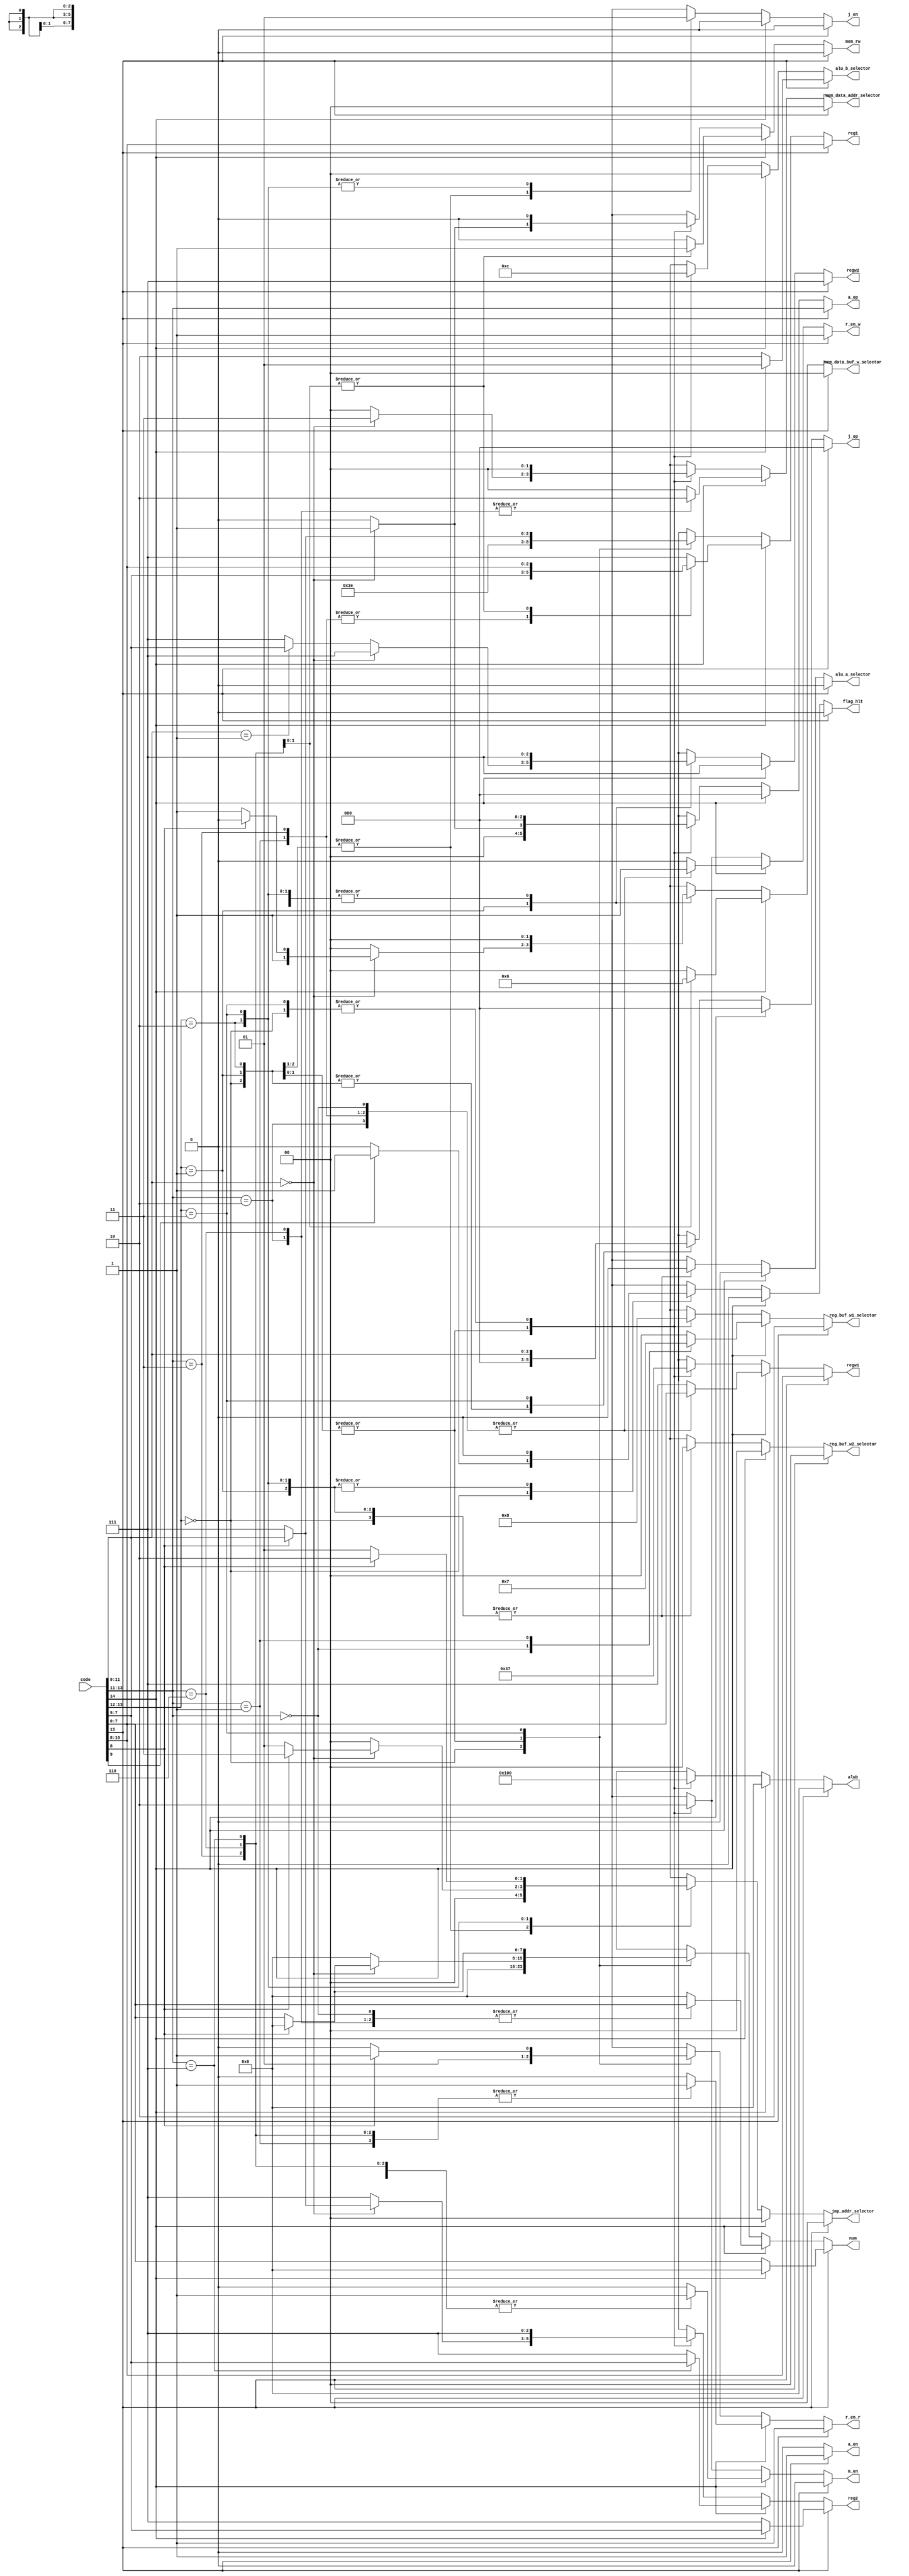
module decoder(
    input [15:0]code,
    output reg flag_hlt,
    output reg a_en,
    output reg m_en,
    output reg r_en_r,
    output reg r_en_w,
    output reg j_en,
    output reg [2:0]a_op,
    output reg [2:0]j_op,
    output reg mem_rw,
    output reg [2:0]reg1,
    output reg [2:0]reg2,
    output reg [2:0]regw1,
    output reg [2:0]regw2,
    output reg [7:0]num,
    output reg [7:0]alub,
    output reg [1:0]mem_data_addr_selector,
    output reg [1:0]mem_data_buf_w_selector,
    output reg alu_a_selector,
    output reg [1:0]alu_b_selector,
    output reg [1:0]reg_buf_w1_selector,
    output reg [1:0]reg_buf_w2_selector,
    output reg [1:0]jmp_addr_selector
);

    always@(code) 
    begin
        flag_hlt=1'b0;
        a_en=1'b0;
        m_en=1'b0;
        r_en_r=1'b0;
        r_en_w=1'b0;
        j_en=1'b0;
        a_op=3'b000;
        j_op=3'b000;
        mem_rw=1'b0;
        reg1=3'b111;
        reg2=3'b111;
        regw1=3'b111;
        regw2=3'b111;
        num=8'b00000000;
        alub=8'b00000000;
        mem_data_addr_selector=2'b00;
        mem_data_buf_w_selector=2'b00;
        alu_a_selector=1'b0;
        alu_b_selector=2'b00;
        reg_buf_w1_selector=2'b00;
        reg_buf_w2_selector=2'b00;
        jmp_addr_selector=2'b00;
        if(code[15]==1'b1)
        begin
            flag_hlt=1'b0;
            a_en=1'b1;
            m_en=1'b0;
            r_en_r=1'b1;
            r_en_w=1'b1;
            j_en=1'b0;
            a_op=code[13:11];
            reg1=code[10:8];
            regw1=code[10:8];
            regw2=3'b111;
            alu_a_selector=1'b0;
            reg_buf_w1_selector=2'b10;
            if(code[14]==1'b1)
            begin
                reg2=code[7:5];
                alu_b_selector=2'b01;
            end
            else
            begin
                reg2=3'b111;
                num=code[7:0];
                alu_b_selector=2'b10;
            end
        end
        else
        begin
            if(code[14]==1'b1)
            begin
                flag_hlt=1'b0;
                j_en=1'b0;
                regw2=3'b111;
                case(code[13:11])
                    3'b000:
                    begin
                        m_en=1'b0;
                        r_en_r=1'b0;
                        r_en_w=1'b1;
                        reg1=3'b111;
                        reg2=3'b111;
                        regw1=code[10:8];
                        regw2=3'b111;
                        num=code[7:0];
                        reg_buf_w1_selector=2'b01;
                    end
                    3'b001:
                    begin
                        m_en=1'b0;
                        r_en_r=1'b1;
                        r_en_w=1'b1;
                        reg1=code[7:5];
                        reg2=3'b111;
                        regw1=code[10:8];
                        regw2=3'b111;
                        reg_buf_w1_selector=2'b11;
                    end
                    3'b010:
                    begin
                        m_en=1'b1;
                        r_en_r=1'b0;
                        r_en_w=1'b1;
                        mem_rw=1'b0;
                        reg1=3'b111;
                        reg2=3'b111;
                        regw1=code[10:8];
                        regw2=3'b111;
                        num=code[7:0];
                        mem_data_addr_selector=2'b10;
                        mem_data_buf_w_selector=2'b00;
                        reg_buf_w1_selector=2'b00;
                    end
                    3'b011:
                    begin
                        m_en=1'b1;
                        r_en_r=1'b1;
                        r_en_w=1'b1;
                        mem_rw=1'b0;
                        reg1=code[7:5];
                        reg2=3'b111;
                        regw1=code[10:8];
                        regw2=3'b111;
                        mem_data_addr_selector=2'b00;
                        mem_data_buf_w_selector=2'b00;
                        reg_buf_w1_selector=2'b00;
                    end
                    3'b110:
                    begin
                        m_en=1'b1;
                        r_en_r=1'b1;
                        r_en_w=1'b0;
                        mem_rw=1'b1;
                        reg1=code[10:8];
                        reg2=3'b111;
                        regw1=3'b111;
                        regw2=3'b111;
                        num=code[7:0];
                        mem_data_addr_selector=2'b10;
                        mem_data_buf_w_selector=2'b01;
                    end
                    3'b111:
                    begin
                        m_en=1'b1;
                        r_en_r=1'b1;
                        r_en_w=1'b0;
                        mem_rw=1'b1;
                        reg1=code[10:8];
                        reg2=code[7:5];
                        regw1=3'b111;
                        regw2=3'b111;
                        mem_data_addr_selector=2'b00;
                        mem_data_buf_w_selector=2'b10;
                    end
                endcase
            end
            else
            begin
                case(code[13:12])
                    2'b00:
                    begin
                        m_en=1'b0;
                        r_en_r=1'b0;
                        r_en_w=1'b0;
                        j_en=1'b0;
                        reg1=3'b111;
                        reg2=3'b111;
                        regw1=3'b111;
                        regw2=3'b111;
                        if(code[9]==1'b1)
                            flag_hlt=1'b1;
                        else
                            flag_hlt=1'b0;
                    end
                    2'b01:
                    begin
                        flag_hlt=1'b0;
                        m_en=1'b1;
                        r_en_r=1'b1;
                        r_en_w=1'b1;
                        j_en=1'b0;
                        reg1=3'b110;
                        regw1=3'b110;
                        alub=8'b0000_0001;
                        alu_a_selector=1'b0;
                        alu_b_selector=2'b11;
                        reg_buf_w1_selector=2'b10;
                        if(code[11:9]==3'b000)
                        begin
                            if(code[8]==1'b0)
                            begin
                                a_op=3'b001;
                                mem_rw=1'b1;
                                reg2=3'b111;
                                regw2=3'b111;
                                num=code[7:0];
                                mem_data_addr_selector=2'b11;
                                mem_data_buf_w_selector=2'b11;
                            end
                            else if(code[8]==1'b1)
                            begin
                                a_op=3'b001;
                                mem_rw=1'b1;
                                reg2=code[7:5];
                                regw2=3'b111;
                                mem_data_addr_selector=2'b11;
                                mem_data_buf_w_selector=2'b10;
                            end
                        end
                        else if(code[11:9]==3'b001)
                        begin
                            a_op=3'b000;
                            mem_rw=1'b0;
                            reg2=3'b111;
                            regw2=code[7:5];
                            mem_data_addr_selector=2'b00;
                            reg_buf_w2_selector=00;
                        end
                    end
                    2'b10:
                    begin
                        flag_hlt=1'b0;
                        m_en=1'b1;
                        r_en_r=1'b1;
                        r_en_w=1'b1;
                        j_en=1'b1;
                        j_op=3'b000;
                        reg1=3'b110;
                        regw1=3'b110;
                        regw2=3'b111;
                        alub=8'b0000_0001;
                        mem_data_buf_w_selector=2'b00;
                        alu_a_selector=1'b0;
                        alu_b_selector=2'b11;
                        reg_buf_w1_selector=2'b10;
                        reg_buf_w2_selector=2'b00;
                        if(code[11:9]==3'b000)
                        begin
                            a_op=3'b001;
                            mem_rw=1'b1;
                            mem_data_addr_selector=2'b11;
                            if(code[8]==1'b1)
                            begin
                                reg2=code[7:5];
                                jmp_addr_selector=2'b11;
                            end
                            else
                            begin
                                reg2=3'b111;
                                num=code[7:0];
                                jmp_addr_selector=2'b01;
                            end
                        end
                        else if(code[11:9]==3'b001)
                        begin
                            a_op=3'b000;
                            mem_rw=1'b0;
                            reg2=3'b111;
                            mem_data_addr_selector=2'b00;
                            jmp_addr_selector=2'b00;
                        end
                    end
                    2'b11:
                    begin
                        flag_hlt=1'b0;
                        m_en=1'b0;
                        r_en_w=1'b0;
                        j_en=1'b1;
                        j_op=code[11:9];
                        reg2=3'b111;
                        regw1=3'b111;
                        regw2=3'b111;
                        if(code[8]==1'b1)
                        begin
                            r_en_r=1'b1;
                            reg1=code[7:5];
                            jmp_addr_selector=2'b10;
                        end
                        else
                        begin
                            r_en_r=1'b0;
                            reg1=3'b111;
                            num=code[7:0];
                            jmp_addr_selector=2'b01;
                        end
                    end
                endcase
            end
        end
    end

    
endmodule